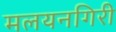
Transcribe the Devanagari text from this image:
मलयनगिरी